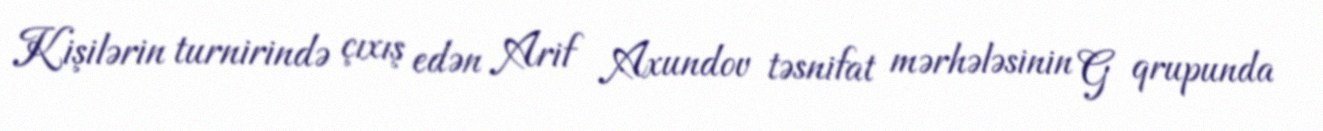
Kişilərin turnirində çıxış edən Arif Axundov təsnifat mərhələsinin G qrupunda